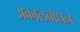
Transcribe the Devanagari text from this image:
अकालबोधन